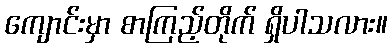
ကျောင်းမှာ စာကြည့်တိုက် ရှိပါသလား။